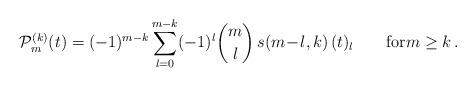
LaTeX: \begin{align*}\mathcal{P}_m^{(k)}(t) = (-1)^{m-k}\sum_{l=0}^{m-k}(-1)^l{m \choose l}\,s(m\!-\!l, k)\,(t)_l \qquad\mbox{for}m\geq k\,. \end{align*}